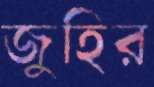
জুহির